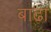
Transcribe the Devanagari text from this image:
बाढा